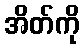
အိတ်ကို